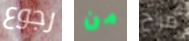
رجوع من مزاح